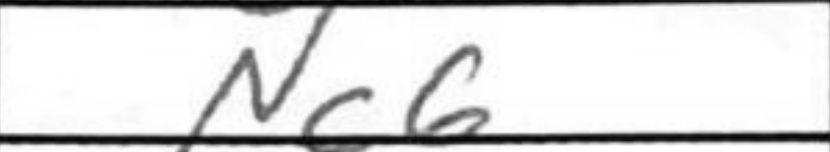
Transcription: Nc6